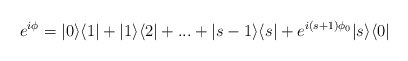
\begin{align*}e^{i\phi}=|0\rangle \langle 1| + |1\rangle \langle 2| + ... + |s-1\rangle \langle s| + e^{i(s+1)\phi_{0}}|s\rangle \langle 0|\end{align*}